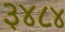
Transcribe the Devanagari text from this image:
३४८४